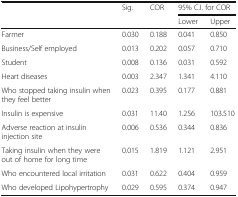
<table><thead><tr><td rowspan="2"></td><td rowspan="2"><b>Sig.</b></td><td rowspan="2"><b>COR</b></td><td colspan="2"><b>95% C.I. for COR</b></td></tr><tr><td><b>Lower</b></td><td><b>Upper</b></td></tr></thead><tbody><tr><td>Farmer</td><td>0.030</td><td>0.188</td><td>0.041</td><td>0.850</td></tr><tr><td>Business/Self employed</td><td>0.013</td><td>0.202</td><td>0.057</td><td>0.710</td></tr><tr><td>Student</td><td>0.008</td><td>0.136</td><td>0.031</td><td>0.592</td></tr><tr><td>Heart diseases</td><td>0.003</td><td>2.347</td><td>1.341</td><td>4.110</td></tr><tr><td>Who stopped taking insulin when they feel better</td><td>0.023</td><td>0.395</td><td>0.177</td><td>0.881</td></tr><tr><td>Insulin is expensive</td><td>0.031</td><td>11.40</td><td>1.256</td><td>103.510</td></tr><tr><td>Adverse reaction at insulin injection site</td><td>0.006</td><td>0.536</td><td>0.344</td><td>0.836</td></tr><tr><td>Taking insulin when they were out of home for long time</td><td>0.015</td><td>1.819</td><td>1.121</td><td>2.951</td></tr><tr><td>Who encountered local irritation</td><td>0.031</td><td>0.622</td><td>0.404</td><td>0.959</td></tr><tr><td>Who developed Lipohypertrophy</td><td>0.029</td><td>0.595</td><td>0.374</td><td>0.947</td></tr></tbody></table>